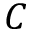
C